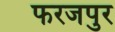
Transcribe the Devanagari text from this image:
फरजपुर